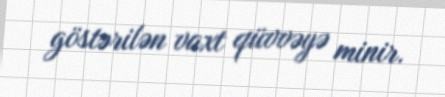
göstərilən vaxt qüvvəyə minir.